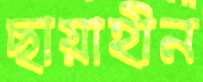
ছায়াহীন